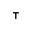
^ \top